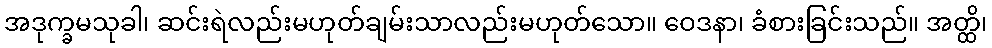
အဒုက္ခမသုခါ၊ ဆင်းရဲလည်းမဟုတ်ချမ်းသာလည်းမဟုတ်သော။ ဝေဒနာ၊ ခံစားခြင်းသည်။ အတ္ထိ၊